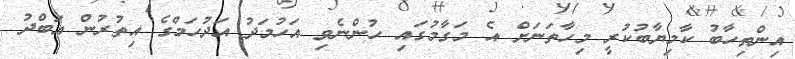
އިންތިހާބު ކާމިޔާބުކުރީ މިހާތަނަށް އެ މަގާމުގައި ހުންނެވި އަހުމަދު އަދުހަމްގެ އިތުރުން އަބްދު